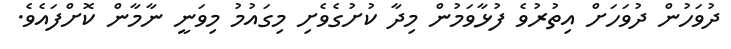
ދުވަހުން ދުވަހަށް އިތުރުވެ ފުޅާވަމުން މިދާ ކުށުގެވެށި މިގައުމު މިވަނީ ނާމާން ކޮށްފައެވެ.